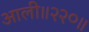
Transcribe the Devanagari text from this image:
आली॥२२०॥